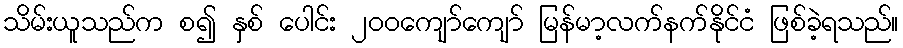
သိမ်းယူသည်က စ၍ နှစ် ပေါင်း ၂၀၀ကျော်ကျော် မြန်မာ့လက်နက်နိုင်ငံ ဖြစ်ခဲ့ရသည်။